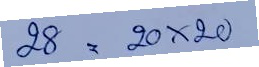
28 = 20x20